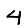
Digit: 4